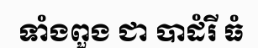
ទាំងពួង ជា បាដំរី ធំ